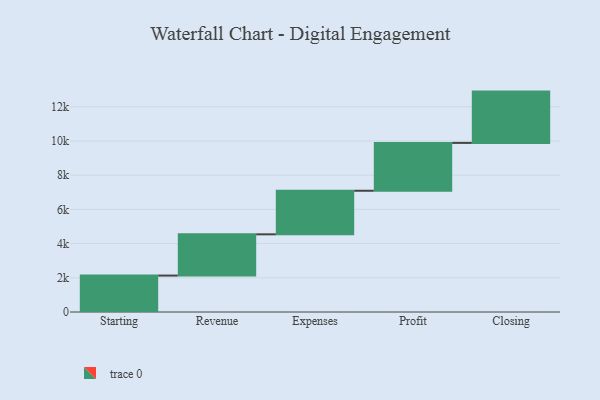
{"axis": {"x": "Step", "y": "Value"}, "legend": [""], "data": [{"x": "Starting", "y": 2130.0, "type": ""}, {"x": "Revenue", "y": 2412.0, "type": ""}, {"x": "Expenses", "y": 2548.0, "type": ""}, {"x": "Profit", "y": 2799.0, "type": ""}, {"x": "Closing", "y": 3000, "type": ""}]}